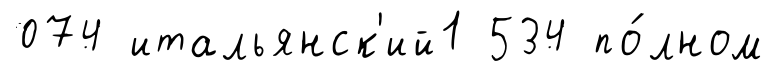
074 итальянск'ий1 534 по́лном